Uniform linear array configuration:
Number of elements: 8
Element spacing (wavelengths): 0.75
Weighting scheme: blackman
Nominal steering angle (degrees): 0
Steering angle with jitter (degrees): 1.445
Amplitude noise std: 0.05
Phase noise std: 0.05

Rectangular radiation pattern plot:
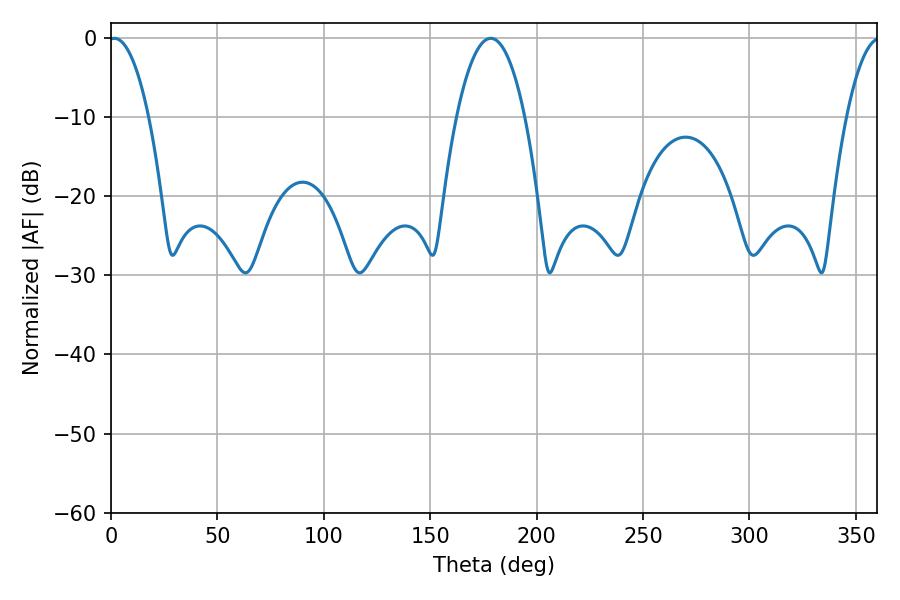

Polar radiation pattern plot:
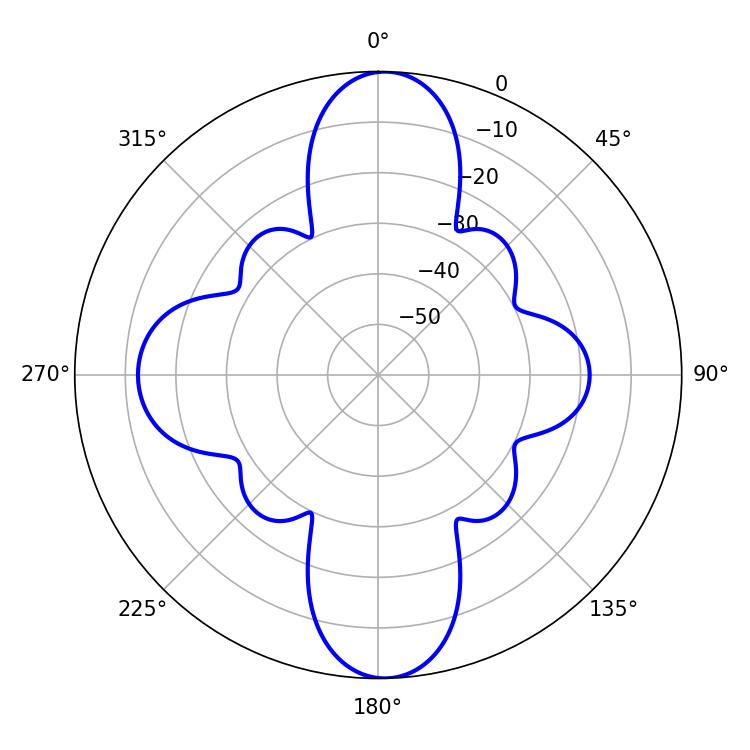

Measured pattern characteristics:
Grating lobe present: TRUE
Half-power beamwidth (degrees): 10.44
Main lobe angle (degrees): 1.62